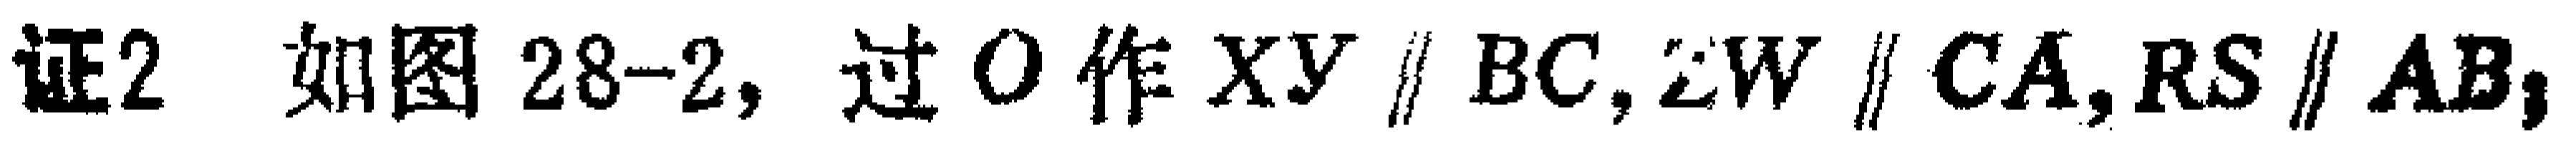
证2 如图28-2, 过$O$作$XY\parallel BC,ZW\parallel CA,RS\parallel AB,$